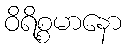
ဝိရိစ္စမာနော